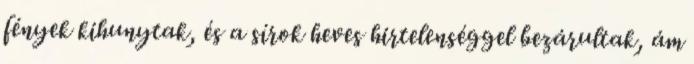
fények kihunytak, és a sírok heves hirtelenséggel bezárultak, ám